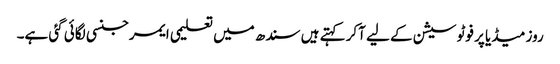
روز میڈیا پر فوٹو سیشن کے لیے آکر کہتے ہیں سندھ میں تعلیمی ایمرجنسی لگائی گئی ہے۔